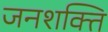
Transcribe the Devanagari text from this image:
जनशक्‍ति